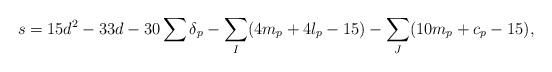
LaTeX: \begin{align*}s = 15d^2 -33d - 30 \sum \delta_p -\sum_I (4m_p + 4l_p - 15)-\sum_J(10m_p+c_p-15),\end{align*}